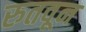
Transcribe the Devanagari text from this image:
रुतवून